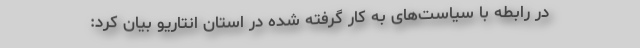
در رابطه با سیاست‌های به کار گرفته شده در استان انتاریو بیان کرد: